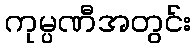
ကုမ္ပဏီအတွင်း